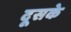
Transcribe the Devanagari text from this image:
दूसके